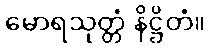
မောရသုတ္တံ နိဋ္ဌိတံ။